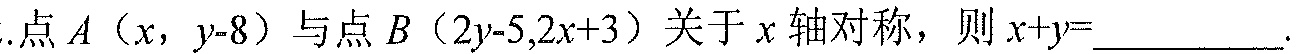
1. 点\(A(x,y - 8)\)与点\(B(2y-5,2x + 3)\)关于\(x\)轴对称，则\(\begin{cases}x=2y-5\\y - 8=-(2x + 3)\end{cases}\)。
   - 由\(y - 8=-(2x + 3)\)可得\(y-8=-2x - 3\)，即\(y=-2x + 5\)。
   - 将\(y=-2x + 5\)代入\(x = 2y-5\)中，得到\(x=2(-2x + 5)-5\)。
   - 展开式子：\(x=-4x + 10-5\)。
   - 移项：\(x + 4x=10 - 5\)。
   - 合并同类项：\(5x=5\)，解得\(x = 1\)。
   - 把\(x = 1\)代入\(y=-2x + 5\)，得\(y=-2\times1 + 5=3\)。
2. 计算\(x + y\)的值：
   - 把\(x = 1\)，\(y = 3\)代入\(x + y\)，得\(x + y=1 + 3=4\)。

故横线处应填\(4\)。